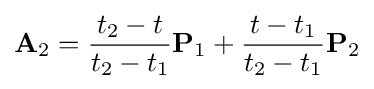
\mathbf {A} _{2}={\frac {t_{2}-t}{t_{2}-t_{1}}}\mathbf {P} _{1}+{\frac {t-t_{1}}{t_{2}-t_{1}}}\mathbf {P} _{2}